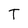
Character: T